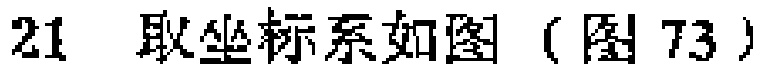
21 取坐标系如图（图 73）